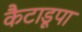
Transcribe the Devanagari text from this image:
कैटाडूपा